Annual report of the Imperial Bacteriological Laboratory, Muktesar
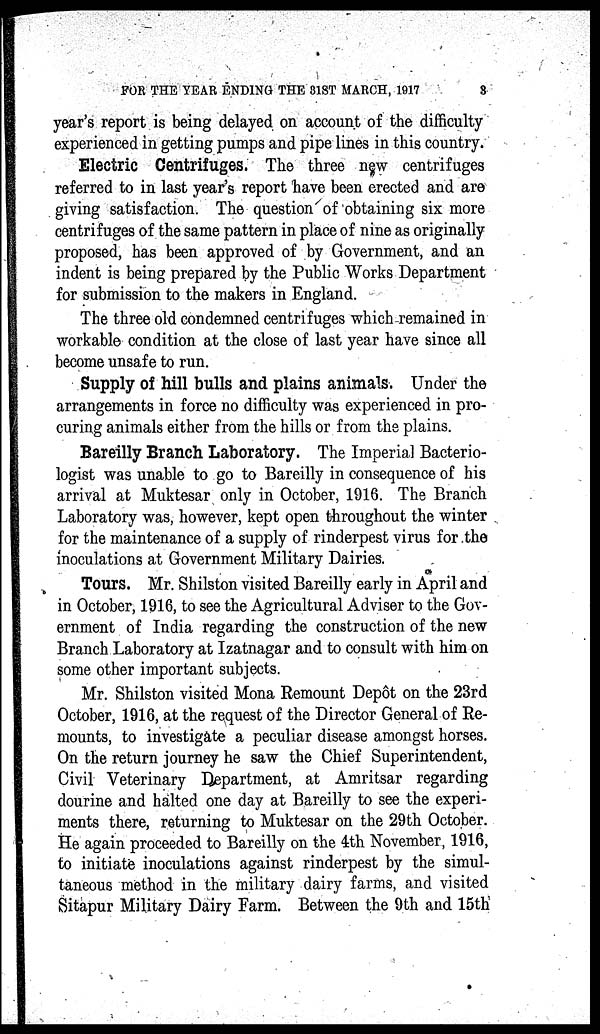
FOR THE YEAR ENDING THE 31ST MARCH, 1917
3
year's report is being delayed on account of the difficulty
experienced in getting pumps and pipe lines in this country.
Electric Centrifuges. The three new centrifuges
referred to in last year's report have been erected and are
giving satisfaction. The question of obtaining six more
centrifuges of the same pattern in place of nine as originally
proposed, has been approved of by Government, and an
indent is being prepared by the Public Works Department
for submission to the makers in England.
The three old condemned centrifuges which remained in
workable condition at the close of last year have since all
become unsafe to run.
Supply of hill bulls and plains animals. Under the
arrangements in force no difficulty was experienced in pro¬
curing animals either from the hills or from the plains.
Bareilly Branch Laboratory. The Imperial Bacterio-
logist was unable to go to Bareilly in consequence of his
arrival at Muktesar only in October, 1916. The Branch
Laboratory was, however, kept open throughout the winter
for the maintenance of a supply of rinderpest virus for the
inoculations at Government Military Dairies.
Tours. Mr. Shilston visited Bareilly early in April and
in October, 1916, to see the Agricultural Adviser to the Gov-
ernment of India regarding the construction of the new
Branch Laboratory at Izatnagar and to consult with him on
some other important subjects.
Mr. Shilston visited Mona Remount Depôt on the 23rd
October, 1916, at the request of the Director General of Re-
mounts, to investigate a peculiar disease amongst horses.
On the return journey he saw the Chief Superintendent,
Civil Veterinary Department, at Amritsar regarding
dourine and halted one day at Bareilly to see the experi-
ments there, returning to Muktesar on the 29th October.
He again proceeded to Bareilly on the 4th November, 1916,
to initiate inoculations against rinderpest by the simul¬
taneous method in the military dairy farms, and visited
Sitapur Military Dairy Farm. Between the 9th and 15th